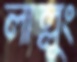
লাল্লুং